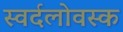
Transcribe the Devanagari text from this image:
स्वर्दलोवस्क